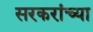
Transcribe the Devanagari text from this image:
सरकरांच्या